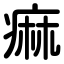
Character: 痲